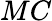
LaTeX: MC